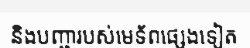
និងបញ្ជារបស់មេទ័ពផ្សេងទៀត